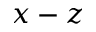
x - z